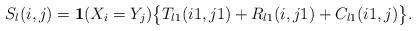
LaTeX: \begin{align*}S_{l}(i,j)=\mathbf{1}{(X_i=Y_j)} \big\{ T_{l1}(i1,j1)+R_{l1}(i,j1)+C_{l1}(i1,j) \big\}.\end{align*}